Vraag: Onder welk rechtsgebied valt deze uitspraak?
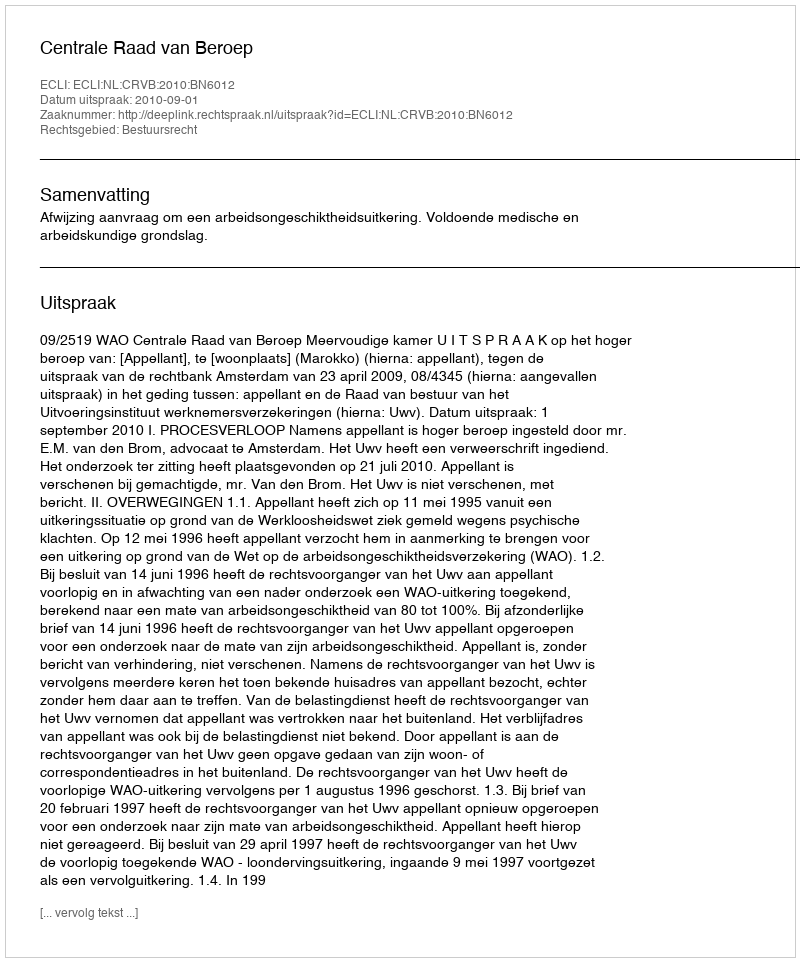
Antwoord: Bestuursrecht